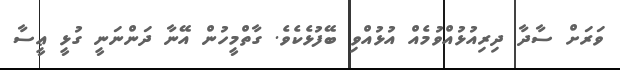
ވަރަށް ސާދާ ދިރިއުޅުއްވުމެއް އުޅުއްވި ބޭފުޅެކެވެ. ގާތްމީހުން އޭނާ ދަންނަނީ ގުޅީ ޢީސާ